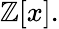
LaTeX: \mathbb{Z}[x].